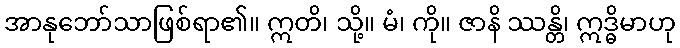
အာနုဘော်သာဖြစ်ရာ၏။ ဣတိ၊ သို့။ မံ၊ ကို။ ဇာနိ ဿန္တိ၊ ဣဒ္ဓိမာဟု